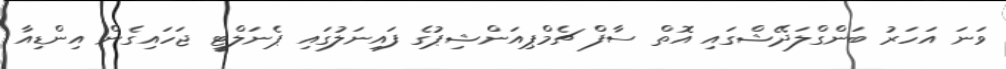
ވަނަ އަހަރު ބަންގްލަދޭޝްގައި އޮތް ސާފް ޗެމްޕިއަންޝިޕުގެ ފައިނަލުގައި ޕެނަލްޓީ ޖަހައިގެން އިންޑިއާ